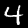
Label: 4